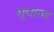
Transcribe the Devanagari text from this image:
सुधारण